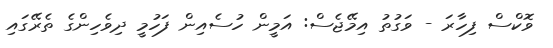
ވޮކްސް ފިހާރަ - ވަގުތު އިމޭޖެސް: އަމީން ހުސެއިން ފަހުމީ ދިވެހިންގެ ތެރޭގައި